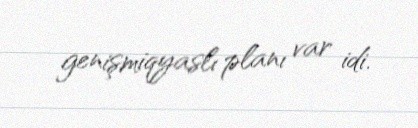
genişmiqyaslı planı var idi.